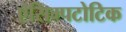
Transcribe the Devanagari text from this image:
ऐसिम्पटोटिक